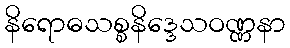
နိရောဓသစ္စနိဒ္ဒေသဝဏ္ဏနာ